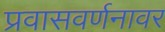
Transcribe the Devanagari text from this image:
प्रवासवर्णनावर